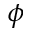
\boldsymbol { \phi }